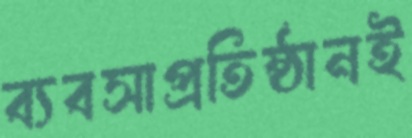
ব্যবসাপ্রতিষ্ঠানই